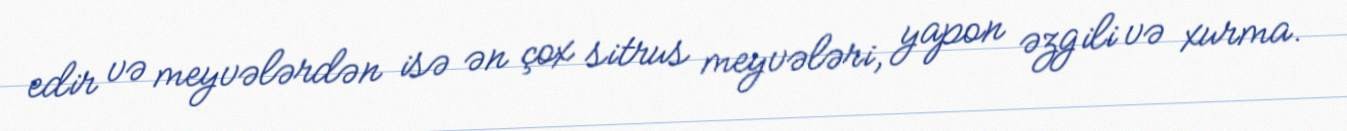
edir və meyvələrdən isə ən çox sitrus meyvələri, yapon əzgili və xurma.